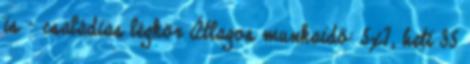
is - családias légkör Átlagos munkaidő: 5x7, heti 35